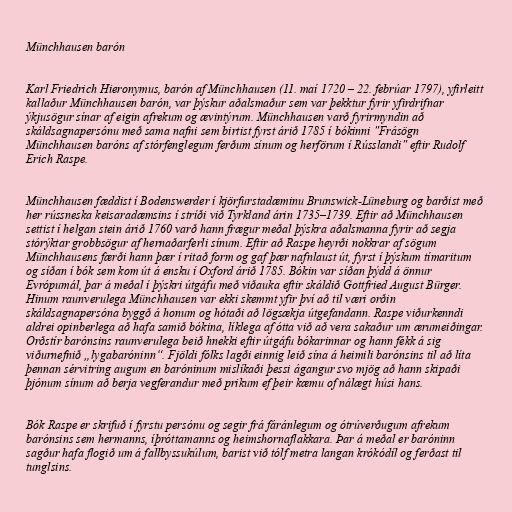
Münchhausen barón

Karl Friedrich Hieronymus, barón af Münchhausen (11. maí 1720 – 22. febrúar 1797), yfirleitt
kallaður Münchhausen barón, var þýskur aðalsmaður sem var þekktur fyrir yfirdrifnar
ýkjusögur sínar af eigin afrekum og ævintýrum. Münchhausen varð fyrirmyndin að
skáldsagnapersónu með sama nafni sem birtist fyrst árið 1785 í bókinni "Frásögn
Münchhausen baróns af stórfenglegum ferðum sínum og herförum í Rússlandi" eftir Rudolf
Erich Raspe.

Münchhausen fæddist í Bodenswerder í kjörfurstadæminu Brunswick-Lüneburg og barðist með
her rússneska keisaradæmsins í stríði við Tyrkland árin 1735–1739. Eftir að Münchhausen
settist í helgan stein árið 1760 varð hann frægur meðal þýskra aðalsmanna fyrir að segja
stórýktar grobbsögur af hernaðarferli sínum. Eftir að Raspe heyrði nokkrar af sögum
Münchhausens færði hann þær í ritað form og gaf þær nafnlaust út, fyrst í þýskum tímaritum
og síðan í bók sem kom út á ensku í Oxford árið 1785. Bókin var síðan þýdd á önnur
Evrópumál, þar á meðal í þýskri útgáfu með viðauka eftir skáldið Gottfried August Bürger.
Hinum raunverulega Münchhausen var ekki skemmt yfir því að til væri orðin
skáldsagnapersóna byggð á honum og hótaði að lögsækja útgefandann. Raspe viðurkenndi
aldrei opinberlega að hafa samið bókina, líklega af ótta við að vera sakaður um ærumeiðingar.
Orðstír barónsins raunverulega beið hnekki eftir útgáfu bókarinnar og hann fékk á sig
viðurnefnið „lygabaróninn“. Fjöldi fólks lagði einnig leið sína á heimili barónsins til að líta
þennan sérvitring augum en baróninum mislíkaði þessi ágangur svo mjög að hann skipaði
þjónum sínum að berja vegferandur með prikum ef þeir kæmu of nálægt húsi hans.

Bók Raspe er skrifuð í fyrstu persónu og segir frá fáránlegum og ótrúverðugum afrekum
barónsins sem hermanns, íþróttamanns og heimshornaflakkara. Þar á meðal er baróninn
sagður hafa flogið um á fallbyssukúlum, barist við tólf metra langan krókódíl og ferðast til
tunglsins.